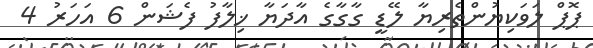
ޕޮޕް ލަވަކިޔުންތެރިޔާ ލޭޑީ ގާގާގެ އާދަޔާ ޚިލާފު ފެޝަން 6 އަހަރު 4